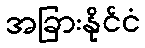
အခြားနိုင်ငံ